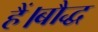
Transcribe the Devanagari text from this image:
हैं।बौद्ध